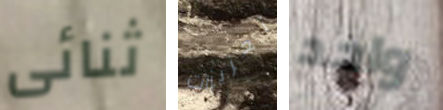
ثنائى تعزيزات واحد